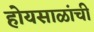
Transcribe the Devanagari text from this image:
होयसाळांची